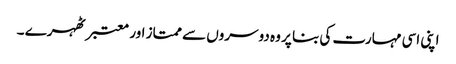
اپنی اسی مہارت کی بنا پر وہ دوسروں سے ممتاز اور معتبر ٹھہرے ۔